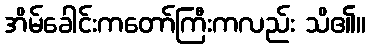
အိမ်ခေါင်းကတော်ကြီးကလည်း သိ၏။